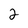
Character: 2